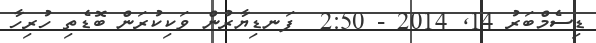
ޑިސެމްބަރު 14